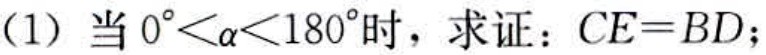
(1) 当 \(0^{\circ}<\alpha<180^{\circ}\) 时，求证：\(CE = BD\)；